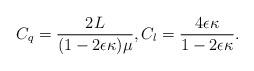
LaTeX: \begin{align*} C_q = \frac{2L}{(1- 2\epsilon \kappa) \mu}, C_l = \frac{4\epsilon \kappa}{1-2\epsilon \kappa}.\end{align*}